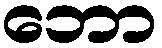
ဘော